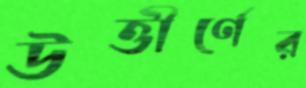
উত্তীর্ণের